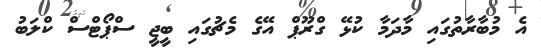
އެ މުބާރާތުގައި މާދަމާ ކުޅޭ ގްރޫޕް އޭގެ މެޗުގައި ބީޖީ ސްޕޯޓްސް ކްލަބު